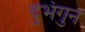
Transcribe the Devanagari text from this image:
दुभंगुन